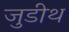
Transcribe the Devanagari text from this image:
जुडीथ